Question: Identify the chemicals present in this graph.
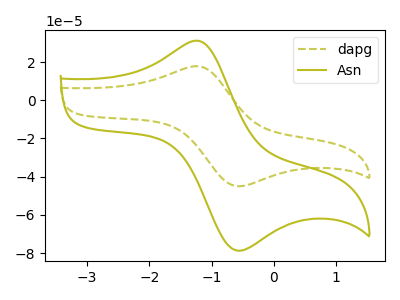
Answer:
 <answer>The olive dashed curve is labeled "dapg". The olive curve is labeled "Asn".</answer>
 <eval></eval>